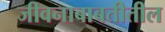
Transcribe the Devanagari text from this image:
जीवनाबाबतीतील